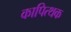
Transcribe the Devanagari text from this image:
कापित्थक